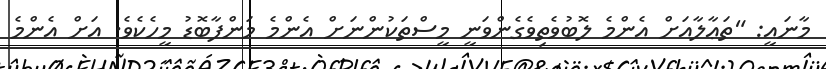
މާނައީ: "ތަޢާލާއަށް އެންމެ ލޮބުވެތިވެގެންވަނީ މީސްތަކުންނަށް އެންމެ މަންފާބޮޑު މީހެކެވެ. އަށް އެންމެ